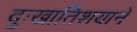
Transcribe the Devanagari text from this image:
दुःखातिशयाने